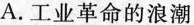
A.工业革命的浪潮